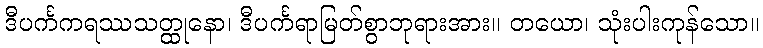
ဒီပင်္ကကရဿသတ္ထုနော၊ ဒီပင်္ကရာမြတ်စွာဘုရားအား။ တယော၊ သုံးပါးကုန်သော။